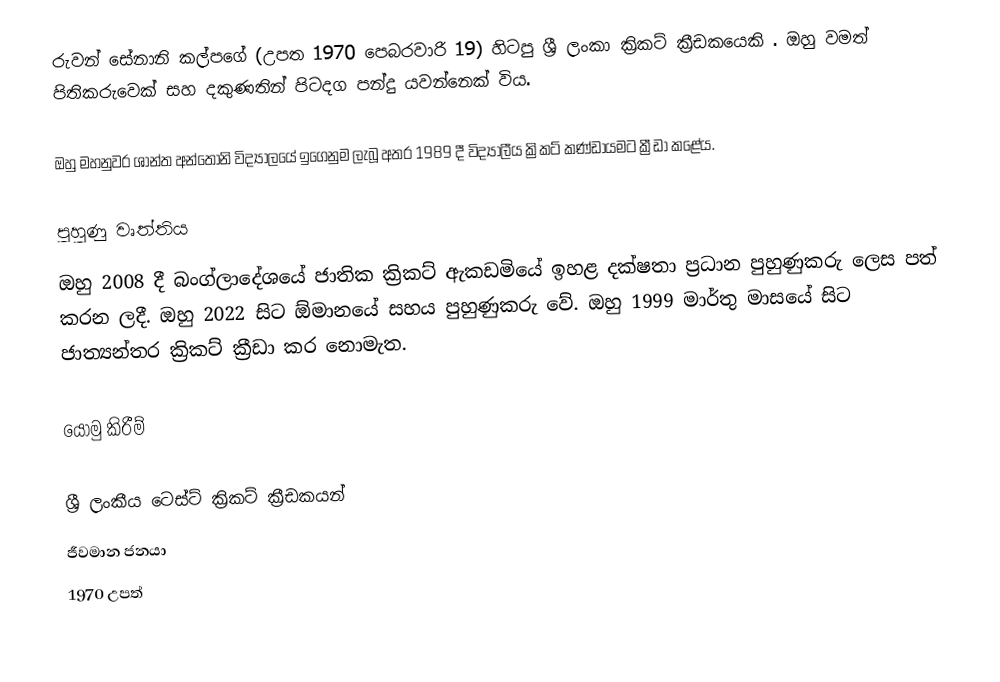
රුවන් සේනානි කල්පගේ (උපත 1970 පෙබරවාරි 19) හිටපු ශ්‍රී ලංකා ක්‍රිකට් ක්‍රීඩකයෙකි . ඔහු වමත් පිතිකරුවෙක් සහ දකුණතින් පිටදග පන්දු යවන්නෙක් විය.

ඔහු මහනුවර ශාන්ත අන්තෝනි විද්‍යාලයේ ඉගෙනුම ලැබූ අතර 1989 දී විද්‍යාලීය ක්‍රිකට් කණ්ඩායමට ක්‍රීඩා කළේය.

පුහුණු වෘත්තිය
ඔහු 2008 දී බංග්ලාදේශයේ ජාතික ක්‍රිකට් ඇකඩමියේ ඉහළ දක්ෂතා ප්‍රධාන පුහුණුකරු ලෙස පත් කරන ලදී. ඔහු 2022 සිට ඕමානයේ සහය පුහුණුකරු වේ. ඔහු 1999 මාර්තු මාසයේ සිට ජාත්‍යන්තර ක්‍රිකට් ක්‍රීඩා කර නොමැත.

යොමු කිරීම්

ශ්‍රී ලංකීය ටෙස්ට් ක්‍රිකට් ක්‍රීඩකයන්
ජීවමාන ජනයා
1970 උපත්